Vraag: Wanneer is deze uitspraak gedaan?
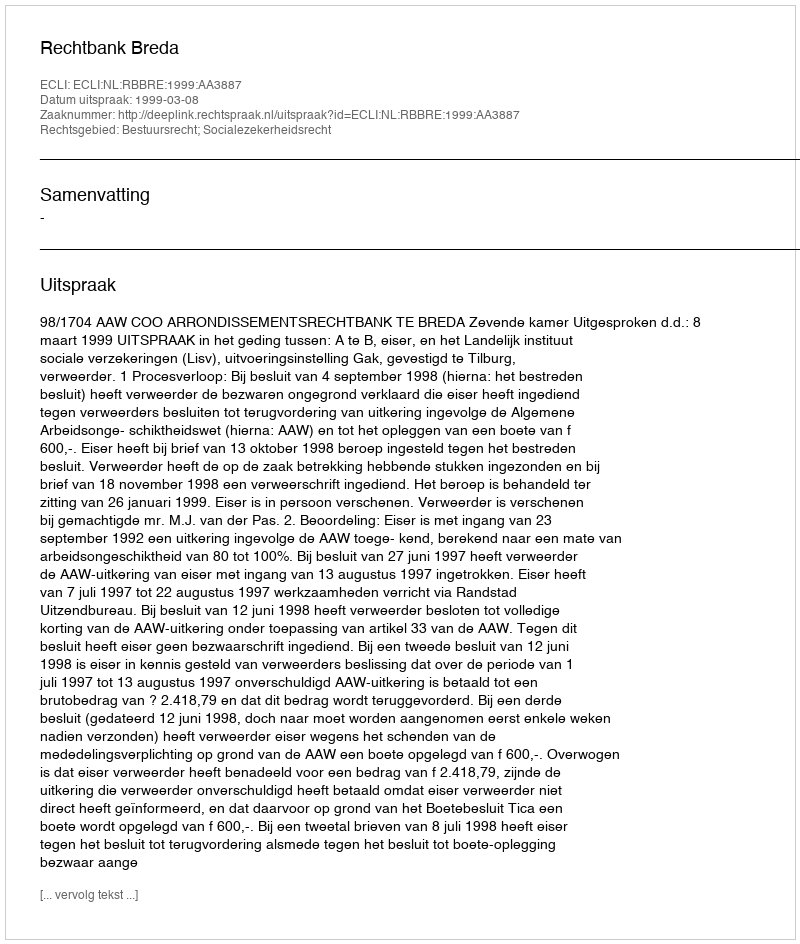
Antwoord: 1999-03-08